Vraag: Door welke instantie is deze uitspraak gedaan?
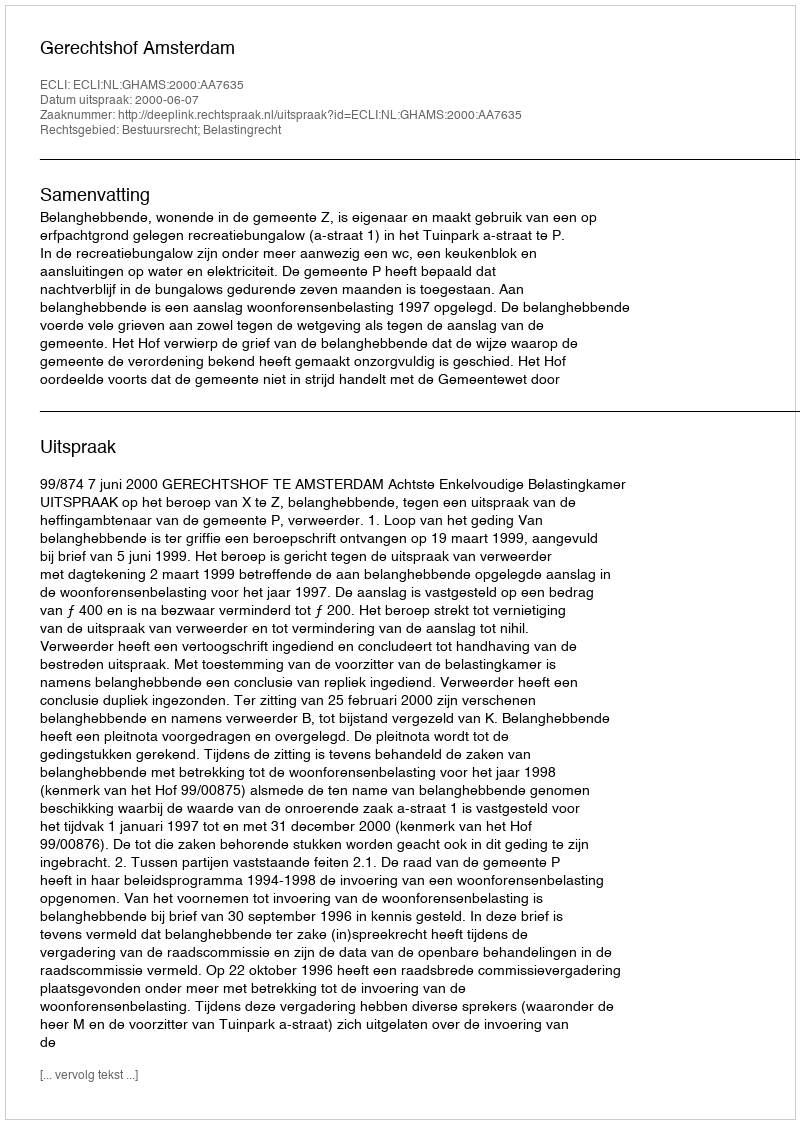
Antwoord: Gerechtshof Amsterdam